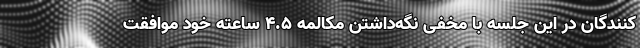
کنندگان در این جلسه با مخفی نگه‌داشتن مکالمه 4.5 ساعته خود موافقت